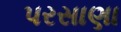
પરસાણા